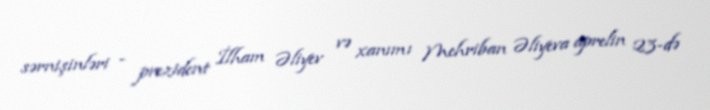
sərnişinləri - prezident İlham Əliyev və xanımı Mehriban Əliyeva aprelin 23-də